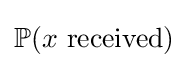
\mathbb {P} (x{\mbox{ received}})